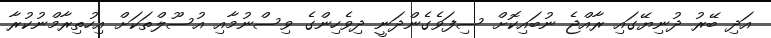
އަދި ބޭރު ދުނިޔޭގައި ރާއްޖެ ނުބައިކޮށް ސިފަވެގެންދަނީ ދިވެހިންގެ ވިސްނުމާއި އުސޫލްތަކަށް އިހުތިރާމްނުކުރާ